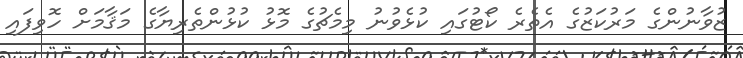
ޒުވާނުންގެ މަރުކަޒުގެ އެތެރެ ކޯޓުގައި ކުޅެވުނު މިމެޗުގެ މޮޅު ކުޅުންތެރިޔާގެ މަޤާމަށް ހޮވިފައި